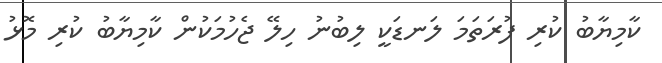
ކާމިޔާބު ކުރި ފުރަތަމަ ލަނޑަކީ ލިބުނު ހިލޭ ޖެހުމަކުން ކާމިޔާބު ކުރި މޮޅު